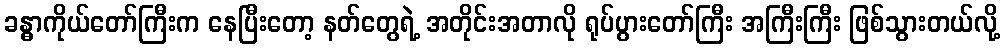
ခန္ဓာကိုယ်တော်ကြီးက နေပြီးတော့ နတ်တွေရဲ့ အတိုင်းအတာလို ရုပ်ပွားတော်ကြီး အကြီးကြီး ဖြစ်သွားတယ်လို့